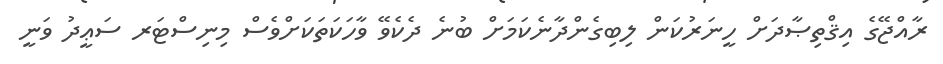
ރާއްޖޭގެ އިޤްތިޞާދަށް ހީނަރުކަން ލިބިގެންދާނެކަމަށް ބުނެ ދެކެވޭ ވާހަކަތަކަށްވެސް މިނިސްޓަރ ސަޢީދު ވަނީ